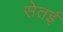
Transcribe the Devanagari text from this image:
सेतई